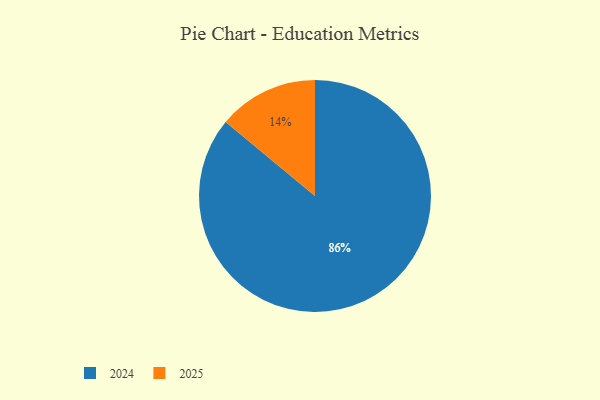
{"axis": {"x": "Category", "y": "Percentage"}, "legend": ["2024", "2025"], "data": [{"x": "2025", "y": 14, "type": "2025"}, {"x": "2024", "y": 86, "type": "2024"}]}